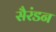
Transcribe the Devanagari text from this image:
सैरंडन